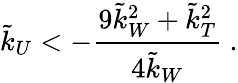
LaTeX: \tilde{k}_{U}<-\frac{9\tilde{k}_{W}^{2}+\tilde{k}_{T}^{2}}{4\tilde{k}_{W}}~.